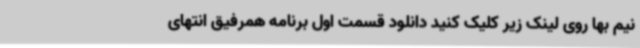
نیم بها روی لینک زیر کلیک کنید دانلود قسمت اول برنامه همرفیق انتهای